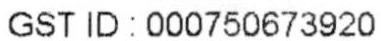
GST ID : 000750673920